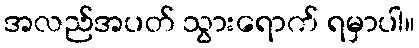
အလည်အပတ် သွားရောက် ရမှာပါ။